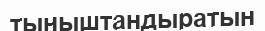
тыныштандыратын